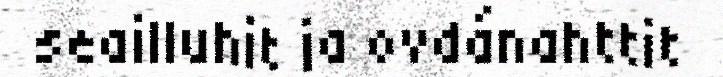
seailluhit ja ovdánahttit